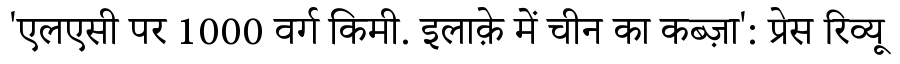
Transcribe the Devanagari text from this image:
'एलएसी पर 1000 वर्ग किमी. इलाक़े में चीन का कब्ज़ा': प्रेस रिव्यू